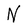
Character: N